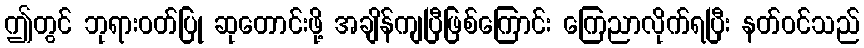
ဤတွင် ဘုရားဝတ်ပြု ဆုတောင်းဖို့ အချိန်ကျပြီဖြစ်ကြောင်း ကြေညာလိုက်ရပြီး နတ်ဝင်သည်